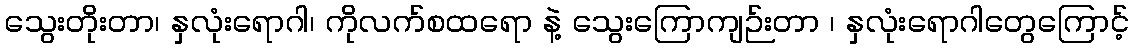
သွေးတိုးတာ၊ နှလုံးရောဂါ၊ ကိုလက်စထရော နဲ့ သွေးကြောကျဉ်းတာ ၊ နှလုံးရောဂါတွေကြောင့်